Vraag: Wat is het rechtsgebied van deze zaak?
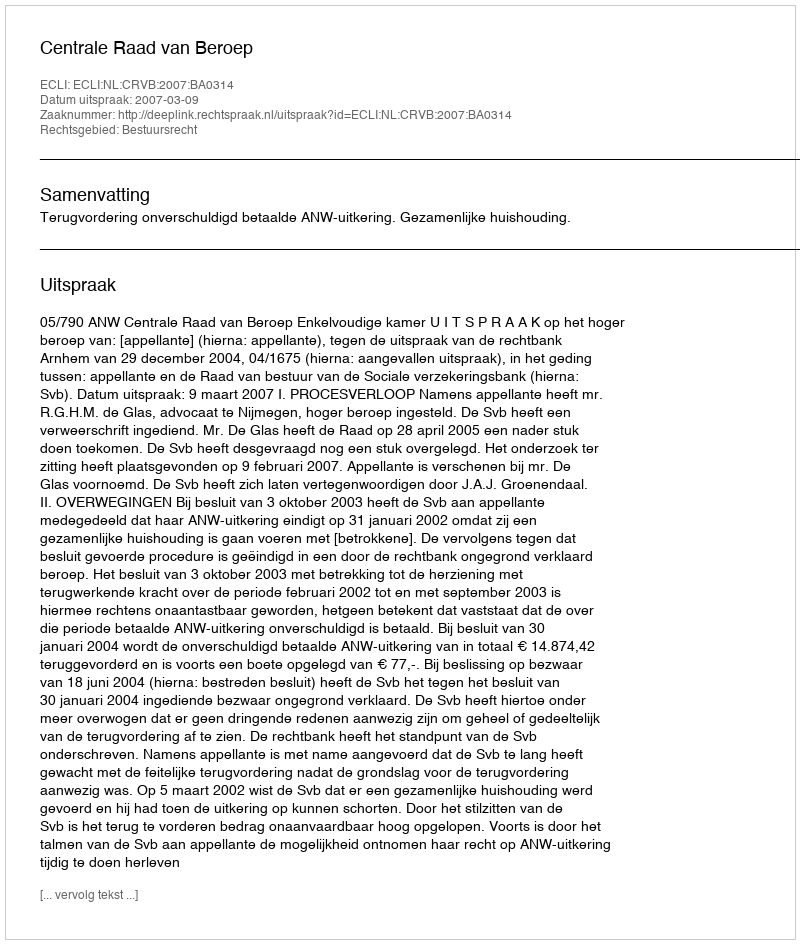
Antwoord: Bestuursrecht